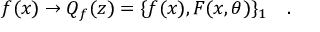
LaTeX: f ( x ) \to Q _ { f } ( z ) = \{ f ( x ) , F ( x , \theta ) \} _ { 1 } \, \, \, \, \, \, .